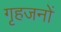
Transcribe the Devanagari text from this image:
गृहजनों